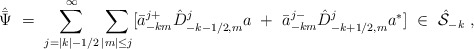
\begin{align*}{\hat{\bar \Psi}}\ =\ \sum_{j=|k|-1/2}^{\infty} \sum_{|m|\le j} [{\bar a}^{j+}_{-km}{\hat D}^j_{-k-1/2,m} a\ +\ {\bar a}^{j-}_{-km} {\hat D}^j_{-k+1/2,m} a^* ]\ \in \ {\hat{\cal S}}_{-k} \ ,\end{align*}